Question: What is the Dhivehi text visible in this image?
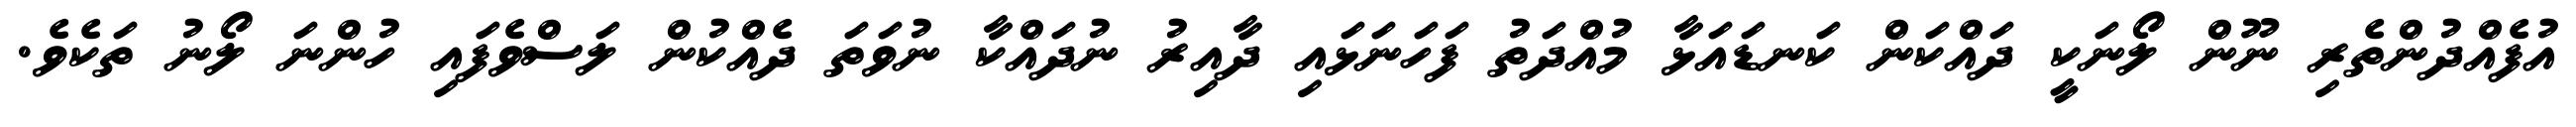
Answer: އުފެއްދުންތެރި ނޫން ލޯނަކީ ދައްކަން ކަނޑައަޅާ މުއްދަތު ފަހަނަޅައި ދާއިރު ނުދައްކާ ނުވަތަ ދެއްކުން ލަސްވެފައި ހުންނަ ލޯނު ތަކެވެ.